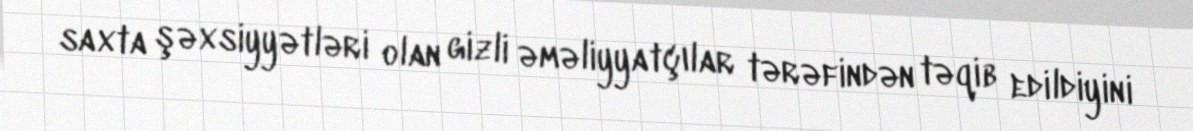
saxta şəxsiyyətləri olan gizli əməliyyatçılar tərəfindən təqib edildiyini